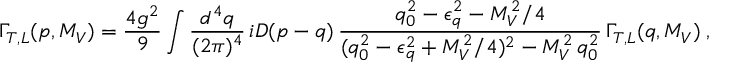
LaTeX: \Gamma _ { T , L } ( p , M _ { V } ) = \frac { 4 g ^ { 2 } } 9 \int \frac { d ^ { 4 } q } { ( 2 \pi ) ^ { 4 } } \, i { \cal D } ( p - q ) \, \frac { q _ { 0 } ^ { 2 } - \epsilon _ { q } ^ { 2 } - M _ { V } ^ { 2 } / 4 } { ( q _ { 0 } ^ { 2 } - \epsilon _ { q } ^ { 2 } + M _ { V } ^ { 2 } / 4 ) ^ { 2 } - M _ { V } ^ { 2 } \, q _ { 0 } ^ { 2 } } \, \Gamma _ { T , L } ( q , M _ { V } ) \; ,